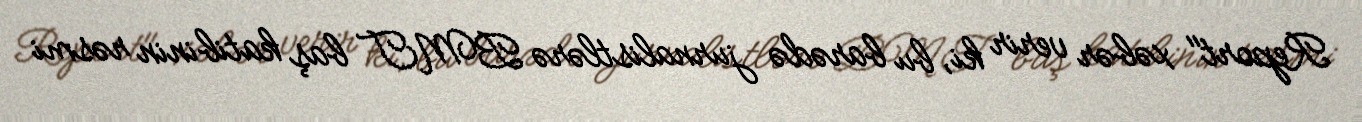
Report" xəbər verir ki, bu barədə jurnalistlərə BMT baş katibinin rəsmi